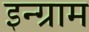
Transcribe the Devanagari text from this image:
इन्ग्राम